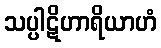
သပ္ပါဋိဟာရိယာဟံ